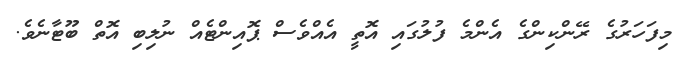
މިފަހަރުގެ ރޭންކިންގެ އެންމެ ފުލުގައި އޮތީ އެއްވެސް ޕޮއިންޓެއް ނުލިބި އޮތް ބޫޓާނެވެ.